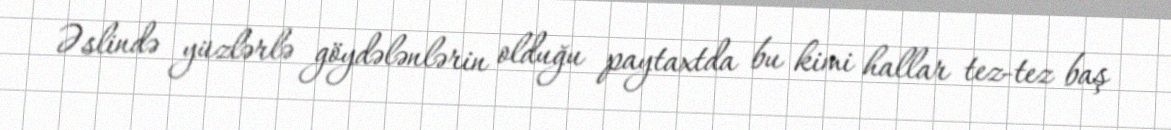
Əslində yüzlərlə göydələnlərin olduğu paytaxtda bu kimi hallar tez-tez baş